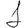
Digit: 1